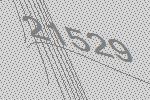
21529